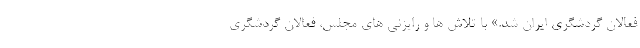
فعالان گردشگری ایران شد.» با تلاش ها و رایزنی های مجلس، فعالان گردشگری